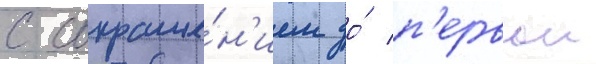
с сокраще́н'ием до́ п'ервои